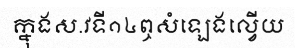
ក្នុងស.វទី១៤ឮសំឡេងល្វើយ